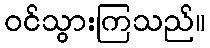
ဝင်သွားကြသည်။